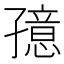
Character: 𱚁